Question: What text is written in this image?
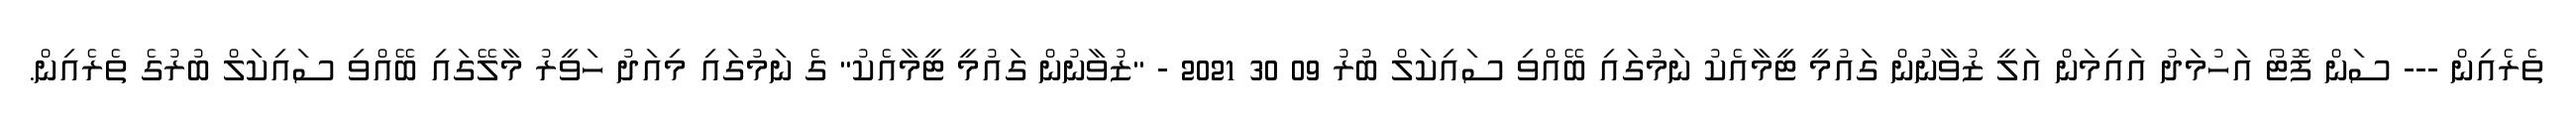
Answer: ތެރެއިން --- ސަން ފޮޓޯ އަހުމަދު އައިމަން އަލީ ޒުވާނުން ގައުމީ ޓީމާއެކު ނަމުގައި ބޭއްވި ސައިކަލް ބުރު 09 30 2021 - "ޒުވާނުން ގައުމީ ޓީމާއެކު" ގެ ނަމުގައި މިއަދު ހަވީރު މާލޭގައި ބޭއްވި ސައިކަލް ބުރުގެ ތެރެއިން.